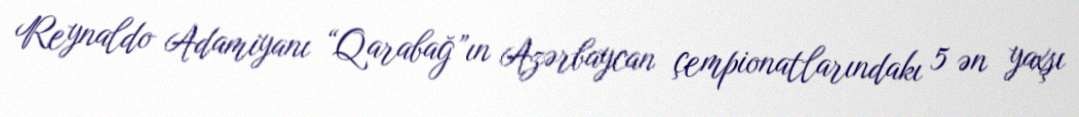
Reynaldo Adamiyanı “Qarabağ”ın Azərbaycan çempionatlarındakı 5 ən yaxşı